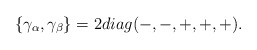
\begin{align*}\{\gamma _{\alpha },\gamma _{\beta }\}=2diag(-,-,+,+,+). \end{align*}